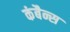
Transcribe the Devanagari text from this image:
कंबैन्स